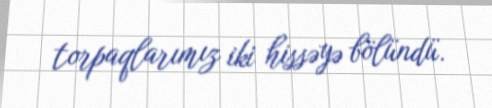
torpaqlarımız iki hissəyə bölündü.